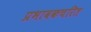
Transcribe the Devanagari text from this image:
प्रभावकचरित